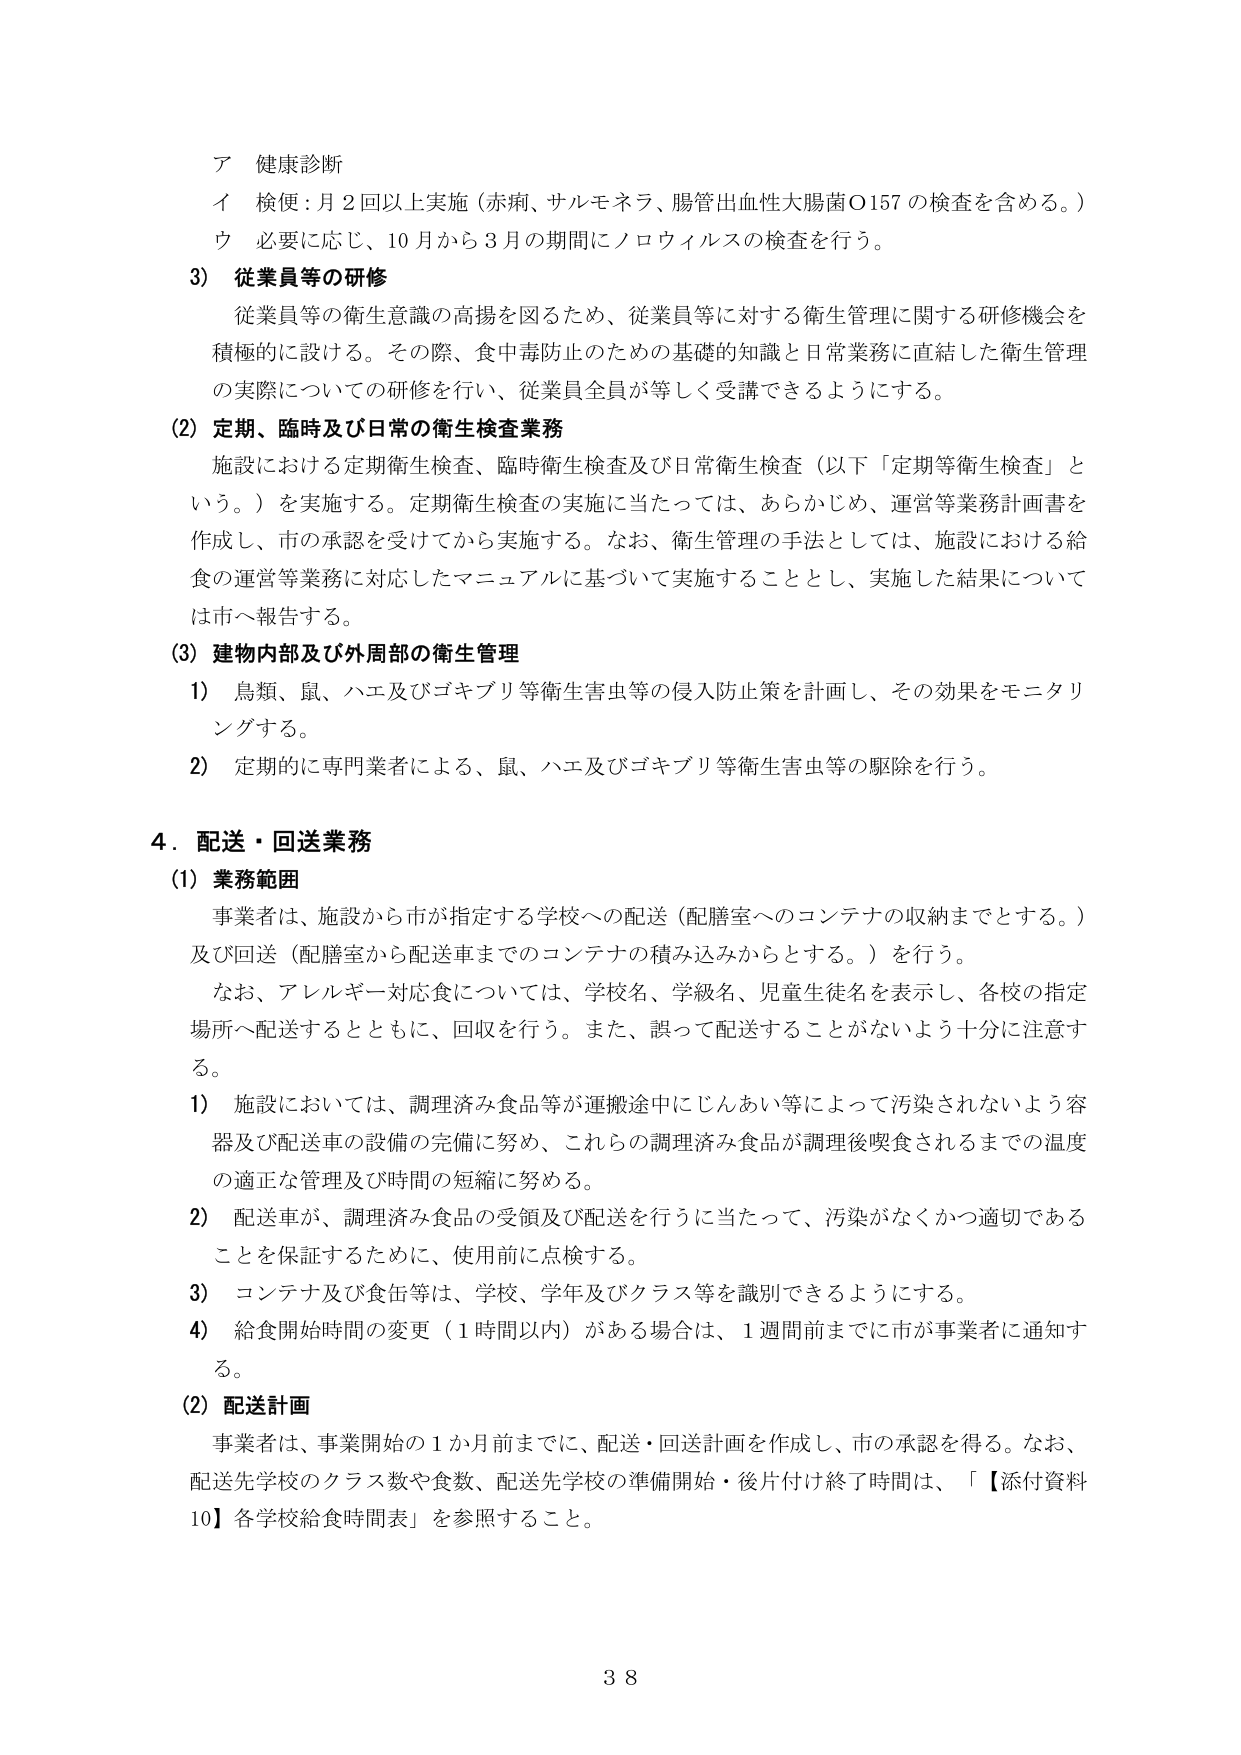
ア 健康診断
イ 検便：月2回以上実施（赤痢、サルモネラ、腸管出血性大腸菌O157の検査を含める。）
ウ 必要に応じ、10月から3月の期間にノロウイルスの検査を行う。

3）従業員等の研修
従業員等の衛生意識の高揚を図るため、従業員等に対する衛生管理に関する研修機会を積極的に設ける。その際、食中毒防止のための基礎的知識と日常業務に直結した衛生管理の実際についての研修を行い、従業員全員が等しく受講できるようにする。

(2) 定期、臨時及び日常の衛生検査業務
施設における定期衛生検査、臨時衛生検査及び日常衛生検査（以下「定期等衛生検査」という。）を実施する。定期衛生検査の実施に当たっては、あらかじめ、運営等業務計画書を作成し、市の承認を受けてから実施する。なお、衛生管理の手法としては、施設における給食の運営等業務に対応したマニュアルに基づいて実施することとし、実施した結果については市へ報告する。

(3) 建物内部及び外周部の衛生管理
1）鳥類、鼠、ハエ及びゴキブリ等衛生害虫等の侵入防止策を計画し、その効果をモニタリングする。
2）定期的に専門業者による、鼠、ハエ及びゴキブリ等衛生害虫等の駆除を行う。

4．配送・回送業務
(1) 業務範囲
事業者は、施設から市が指定する学校への配送（配膳室へのコンテナの収納までとする。）及び回送（配膳室から配送車までのコンテナの積み込みからとする。）を行う。
なお、アレルギー対応食については、学校名、学級名、児童生徒名を表示し、各校の指定場所へ配送するとともに、回収を行う。また、誤って配送することがないよう十分に注意する。
1）施設においては、調理済み食品等が運搬途中にじんあい等によって汚染されないよう容器及び配送車の設備の完備に努め、これらの調理済み食品が調理後喫食されるまでの温度の適正な管理及び時間の短縮に努める。
2）配送車が、調理済み食品の受領及び配送を行うに当たって、汚染がなくかつ適切であることを保証するために、使用前に点検する。
3）コンテナ及び食缶等は、学校、学年及びクラス等を識別できるようにする。
4）給食開始時間の変更（1時間以内）がある場合は、1週間前までに市が事業者に通知する。

(2) 配送計画
事業者は、事業開始の1か月前までに、配送・回送計画を作成し、市の承認を得る。なお、配送先学校のクラス数や食数、配送先学校の準備開始・後片付け終了時間は、「【添付資料10】各学校給食時間表」を参照すること。

38